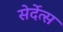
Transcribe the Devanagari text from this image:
सेर्देत्स